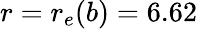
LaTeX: r=r_{e}(b)=6.62